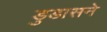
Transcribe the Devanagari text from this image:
डुडासने